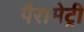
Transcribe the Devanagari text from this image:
पैरामेट्री